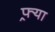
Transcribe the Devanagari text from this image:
फ्र्या